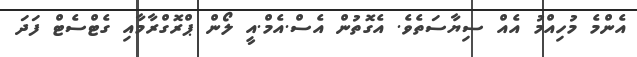
އެންމެ މުހިއްމު އެއް ސިޔާސަތެވެ. އެގޮތުން އެސް.އެމް.އީ ލޯން ޕްރޮގްރާމާއި ގެޓްސެޓް ފަދަ